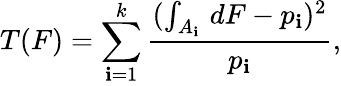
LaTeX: T(F)=\sum_{\mathbf{i}=1}^{k}{\frac{{(\int_{A_{\mathbf{i}}}\, dF-p_{\mathbf{i}})^{2}}}{{p_{\mathbf{i}}}}},